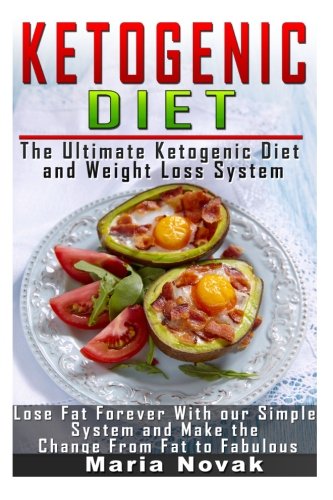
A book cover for Ketogenic Diet: The Ultimate Ketogenic Diet and Weight Loss System: Lose Fat Forever with our Simple System and Make the Change from Fat to Fabulous ... diet, paleo diet, anti inflammatory diet); Maria Novak; Health, Fitness & Dieting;